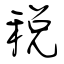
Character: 税